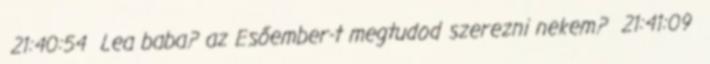
21:40:54 Lea baba? az Esőember-t megtudod szerezni nekem? 21:41:09